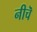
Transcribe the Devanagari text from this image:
नीचॆ